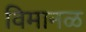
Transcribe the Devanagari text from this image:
विमानळ